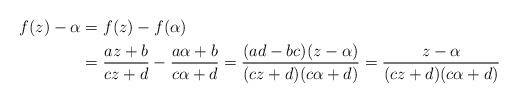
LaTeX: \begin{align*} f(z) - \alpha &= f(z) - f(\alpha) \\&= \frac{az + b}{cz + d} - \frac{a\alpha + b}{c\alpha + d} = \frac{(ad-bc)(z- \alpha)}{(cz + d)(c\alpha + d)} = \frac{z- \alpha}{(cz + d)(c\alpha + d)}\end{align*}